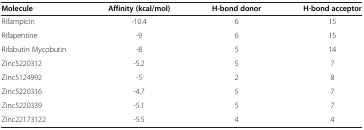
| Molecule | Affinity (kcal/mol) | H-bond donor | H-bond acceptor |
 | --- | --- | --- | --- |
 | Rifampicin | -10.4 | 6 | 15 |
 | Rifapentine | -9 | 6 | 15 |
 | Rifabutin Mycobutin | -8 | 5 | 14 |
 | Zinc5220312 | -5.2 | 5 | 7 |
 | Zinc5124992 | -5 | 2 | 8 |
 | Zinc5220316 | -4.7 | 5 | 7 |
 | Zinc5220339 | -5.1 | 5 | 7 |
 | Zinc22173122 | -5.5 | 4 | 4 |